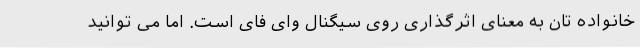
خانواده تان به معنای اثرگذاری روی سیگنال وای فای است. اما می توانید